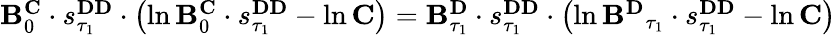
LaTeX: \begin{array}{r}{\mathbf{B}_{0}^{\mathbf{C}}\cdot s_{\tau_{1}}^{\mathbf{DD}}\cdot\left(\ln\mathbf{B}_{0}^{\mathbf{C}}\cdot s_{\tau_{1}}^{\mathbf{DD}}-\ln\mathbf{C}\right)=\mathbf{B}_{\tau_{1}}^{\mathbf{D}}\cdot s_{\tau_{1}}^{\mathbf{DD}}\cdot\left(\ln\mathbf{B^{\mathbf{D}}}_{\tau_{1}}\cdot s_{\tau_{1}}^{\mathbf{DD}}-\ln\mathbf{C}\right)}\end{array}